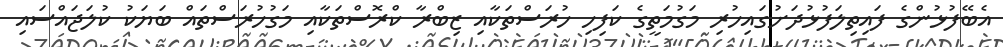
އެބޭފުޅުންގެ ފައިތިލަފުޅުދަށުގައިހުރި މަގުމަތީގެ ކަފިހި ހުރަސްތަކާއި ޒިބްރާ ކްރޮސްތަކާއި މަގުހުރަސްތައް ބަޔަކު ކުލަޖައްސައި